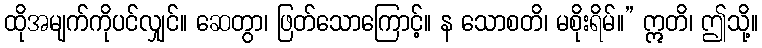
ထိုအမျက်ကိုပင်လျှင်။ ဆေတွာ၊ ဖြတ်သောကြောင့်။ န သောစတိ၊ မစိုးရိမ်။” ဣတိ၊ ဤသို့။